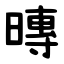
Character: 暷